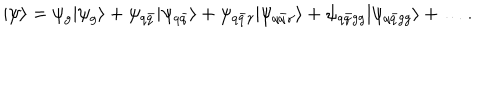
| \psi \rangle = \psi _ { g } | \psi _ { g } \rangle + \psi _ { q \bar { q } } | \psi _ { q \bar { q } } \rangle + \psi _ { q \bar { q } \gamma } | \psi _ { q \bar { q } \gamma } \rangle + \psi _ { q \bar { q } g g } | \psi _ { q \bar { q } g g } \rangle + \ldots .